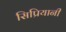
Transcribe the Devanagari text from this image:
सिप्रियानी